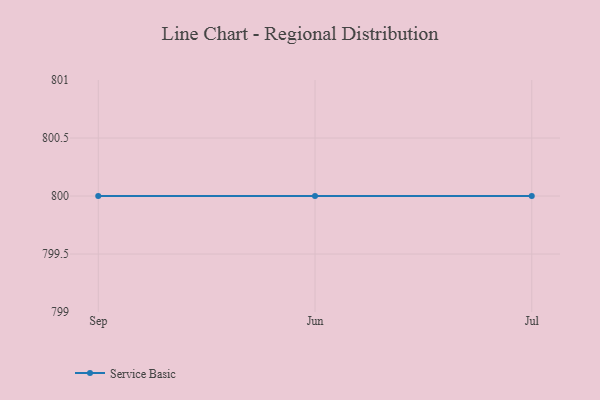
{"axis": {"x": "Month", "y": "Population (Million)"}, "legend": ["Service Basic"], "data": [{"x": "Sep", "y": 800, "type": "Service Basic"}, {"x": "Jun", "y": 800, "type": "Service Basic"}, {"x": "Jul", "y": 800, "type": "Service Basic"}]}